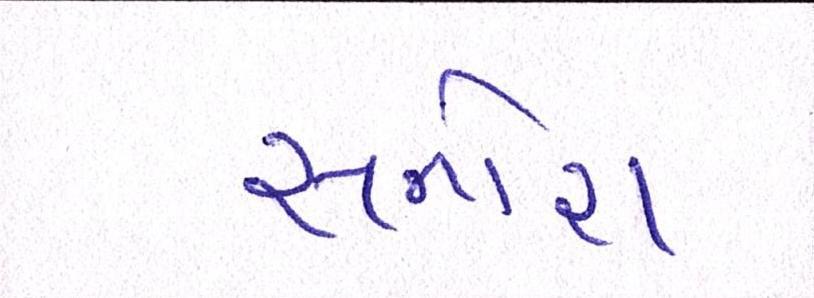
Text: સનોરા